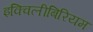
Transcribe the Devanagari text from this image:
इक्विलीबिरियम